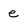
Character: e